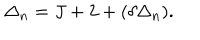
LaTeX: \Delta _ { n } = J + 2 + ( \delta \Delta _ { n } ) .